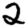
Digit: 2